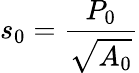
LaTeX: s_{0}=\frac{P_{0}}{\sqrt{A_{0}}}